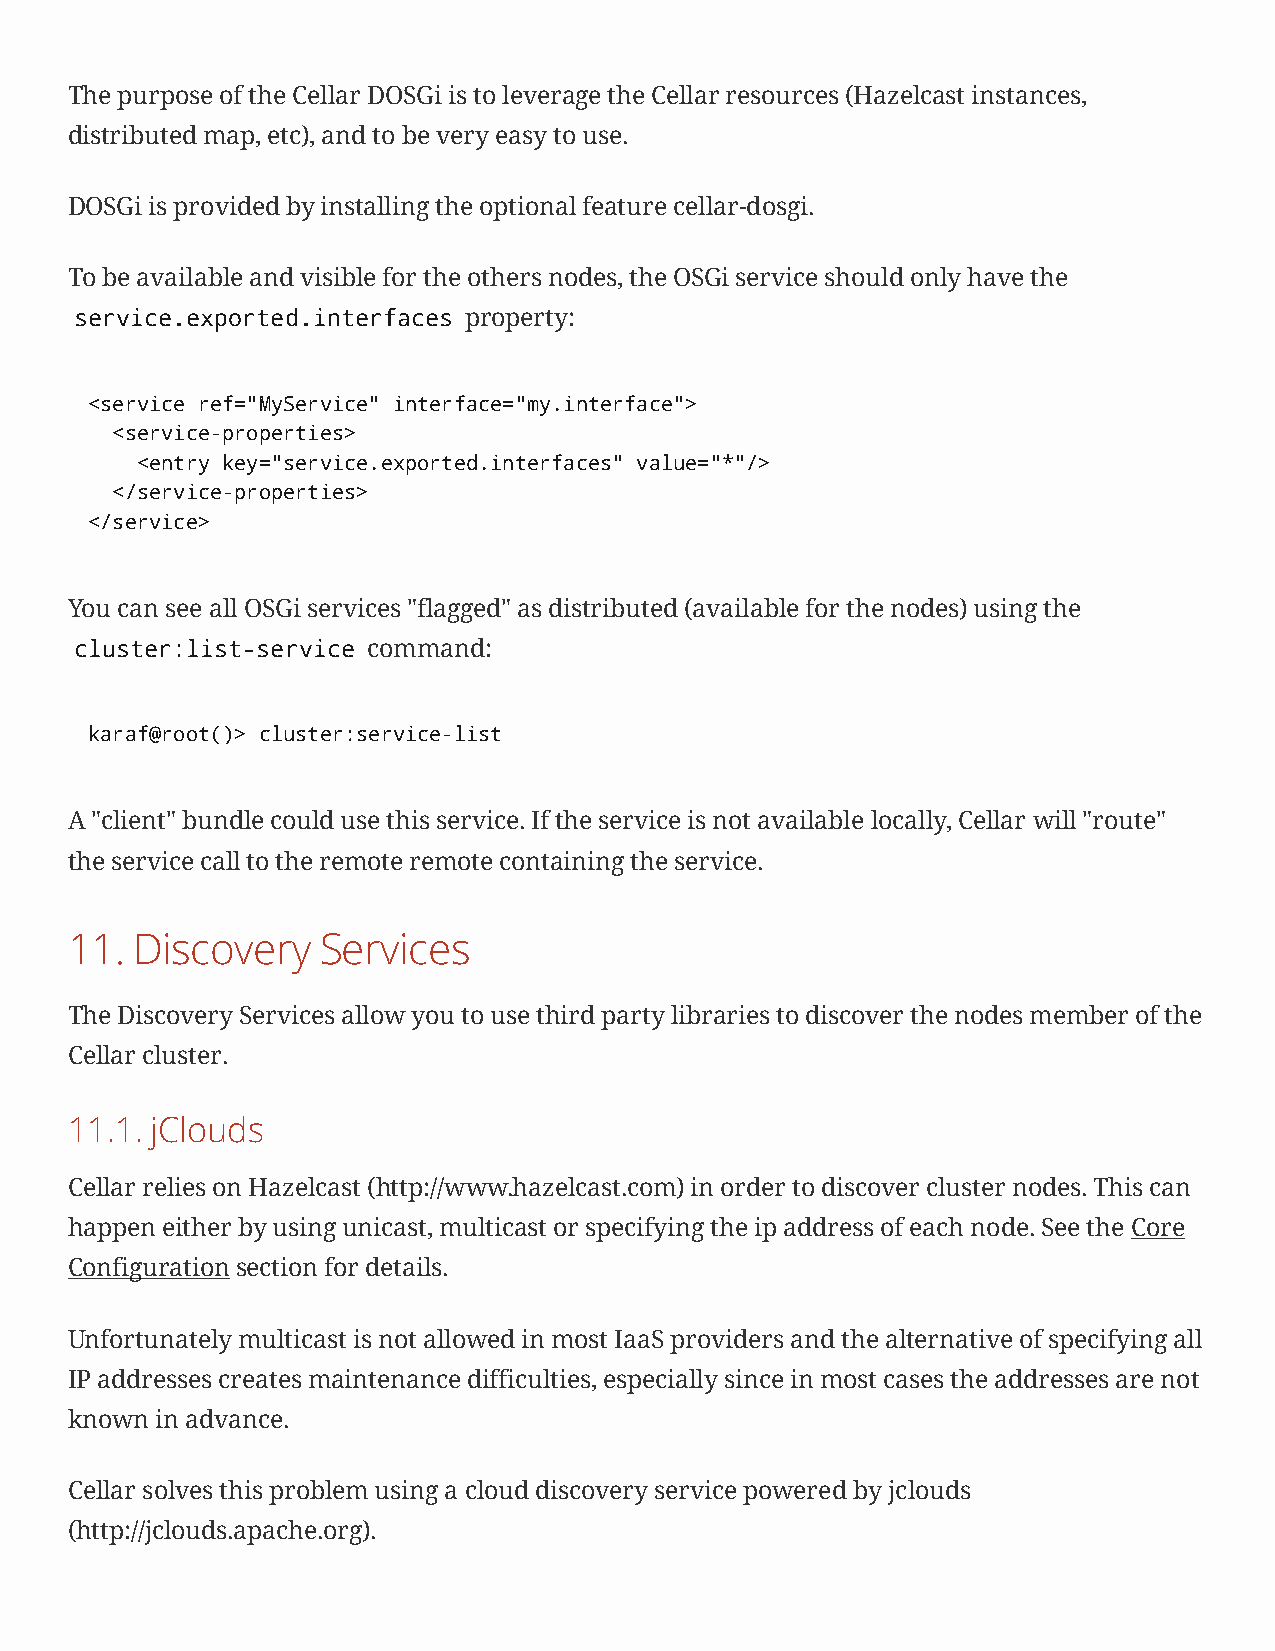
The purpose of the Cellar DOSGi is to leverage the Cellar resources (Hazelcast instances,
 distributed map, etc), and to be very easy to use.
 DOSGi is provided by installing the optional feature cellar-dosgi.
 To be available and visible for the others nodes, the OSGi service should only have the
 service.exported.interfaces property:
 <service ref="MyService" interface="my.interface">
 <service-properties>
 <entry key="service.exported.interfaces" value="*"/>
 </service-properties>
 </service>
 You can see all OSGi services "flagged" as distributed (available for the nodes) using the
 cluster:list-service command:
 karaf@root()> cluster:service-list
 A "client" bundle could use this service. If the service is not available locally, Cellar will "route"
 the service call to the remote remote containing the service.
 11.  Discovery   Services
 The Discovery Services allow you to use third party libraries to discover the nodes member of the
 Cellar cluster.
 11.1. jClouds
 Cellar relies on Hazelcast (http://www.hazelcast.com) in order to discover cluster nodes. This can
 happen either by using unicast, multicast or specifying the ip address of each node. See the Core
 Configurationsection for details.
 Unfortunately multicast is not allowed in most IaaS providers and the alternative of specifying all
 IP addresses creates maintenance difficulties, especially since in most cases the addresses are not
 known in advance.
 Cellar solves this problem using a cloud discovery service powered by jclouds
 (http://jclouds.apache.org).